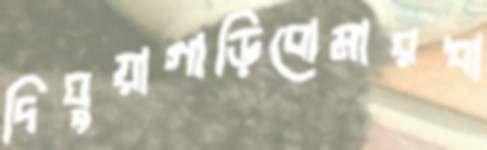
দিঘুয়াগাড়িবোমারধা